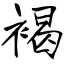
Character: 褐